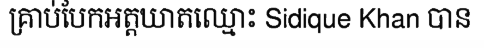
គ្រាប់បែកអត្តឃាតឈ្មោះ Sidique Khan បាន